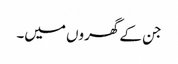
جن کے گھروں میں۔